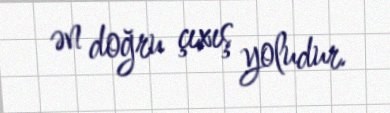
ən doğru çıxış yoludur.